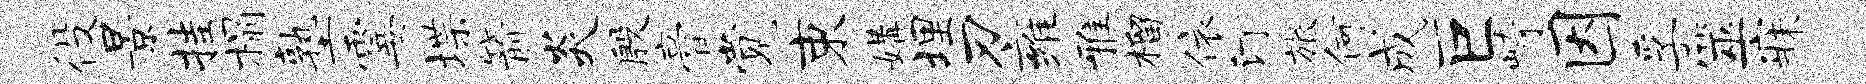
役景挂榻塾霎堞箭炎殷膏觉束媾埋刃雍雅榴依汀旅何成巨崎因孚筮寐